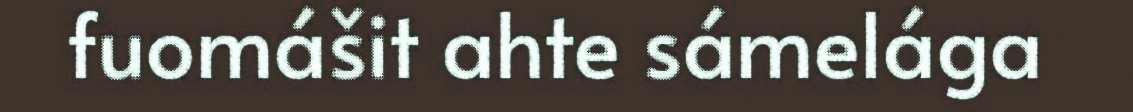
fuomášit ahte sámelága